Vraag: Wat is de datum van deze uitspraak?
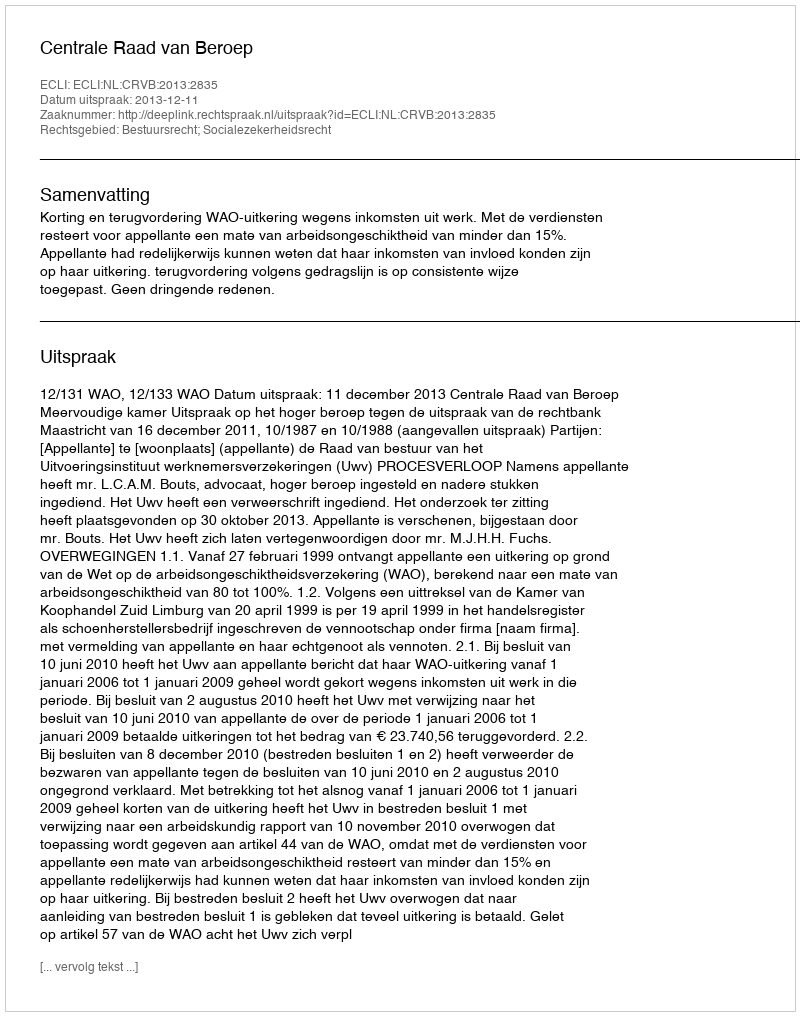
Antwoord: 2013-12-11